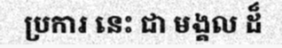
ប្រការ នេះ ជា មង្គល ដ៏